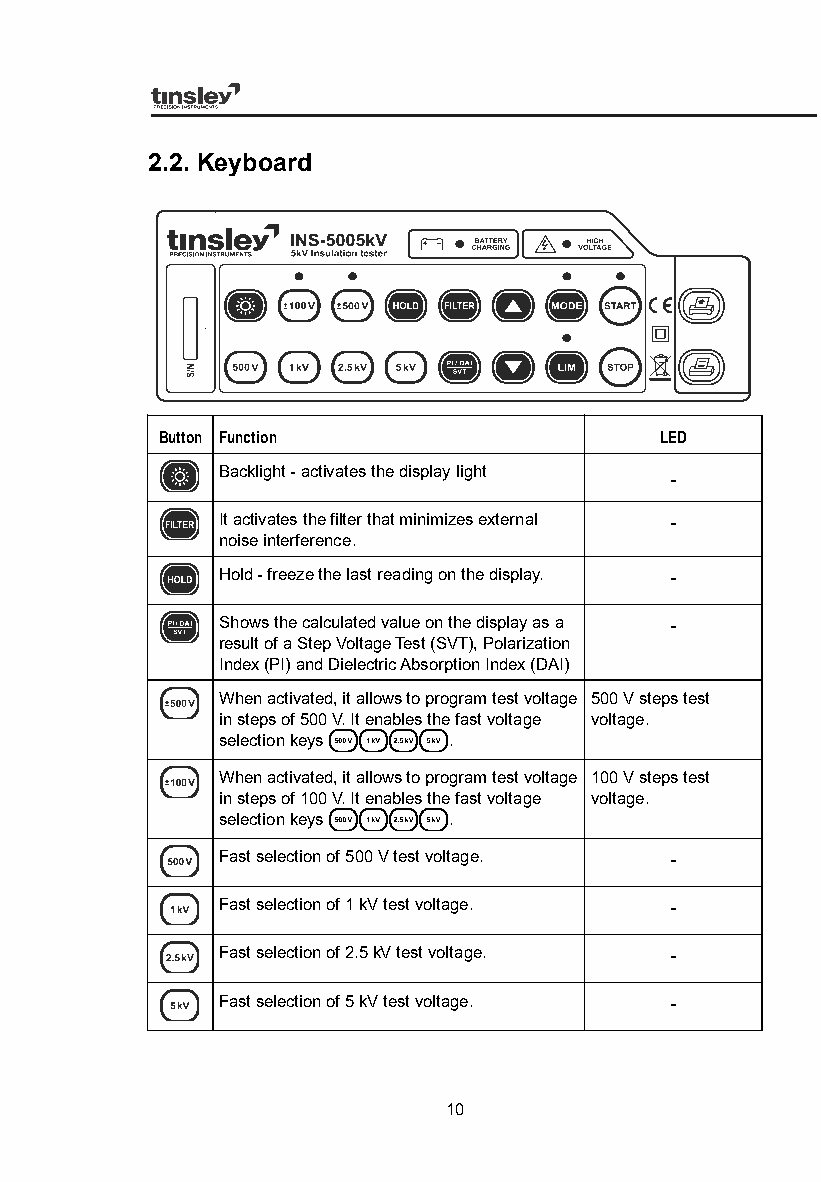
2.2. Keyboard
 Button Function                   LED
 Backlight - activates the display light
 -
 It activates the filter that minimizes external -
 noise interference.
 Hold - freeze the last reading on the display. -
 Shows the calculated value on the display as a -
 result of a Step Voltage Test (SVT), Polarization
 Index (PI) and Dielectric Absorption Index (DAI)
 When activated, it allows to program test voltage 500 V steps test
 in steps of 500 V. It enables the fast voltage voltage.
 selection keys .
 When activated, it allows to program test voltage 100 V steps test
 in steps of 100 V. It enables the fast voltage voltage.
 selection keys .
 Fast selection of 500 V test voltage. -
 Fast selection of 1 kV test voltage. -
 Fast selection of 2.5 kV test voltage. -
 Fast selection of 5 kV test voltage. -
 10